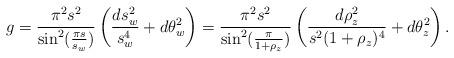
LaTeX: \begin{align*}g=\frac{\pi^2s^2}{\sin^2(\frac{\pi s}{s_w})}\left(\frac{ds_w^2}{s_w^4}+d\theta_w^2\right) =\frac{\pi^2s^2}{\sin^2(\frac{\pi}{1+\rho_z})}\left(\frac{d\rho_z^2}{s^2(1+\rho_z)^4}+d\theta_z^2\right).\end{align*}